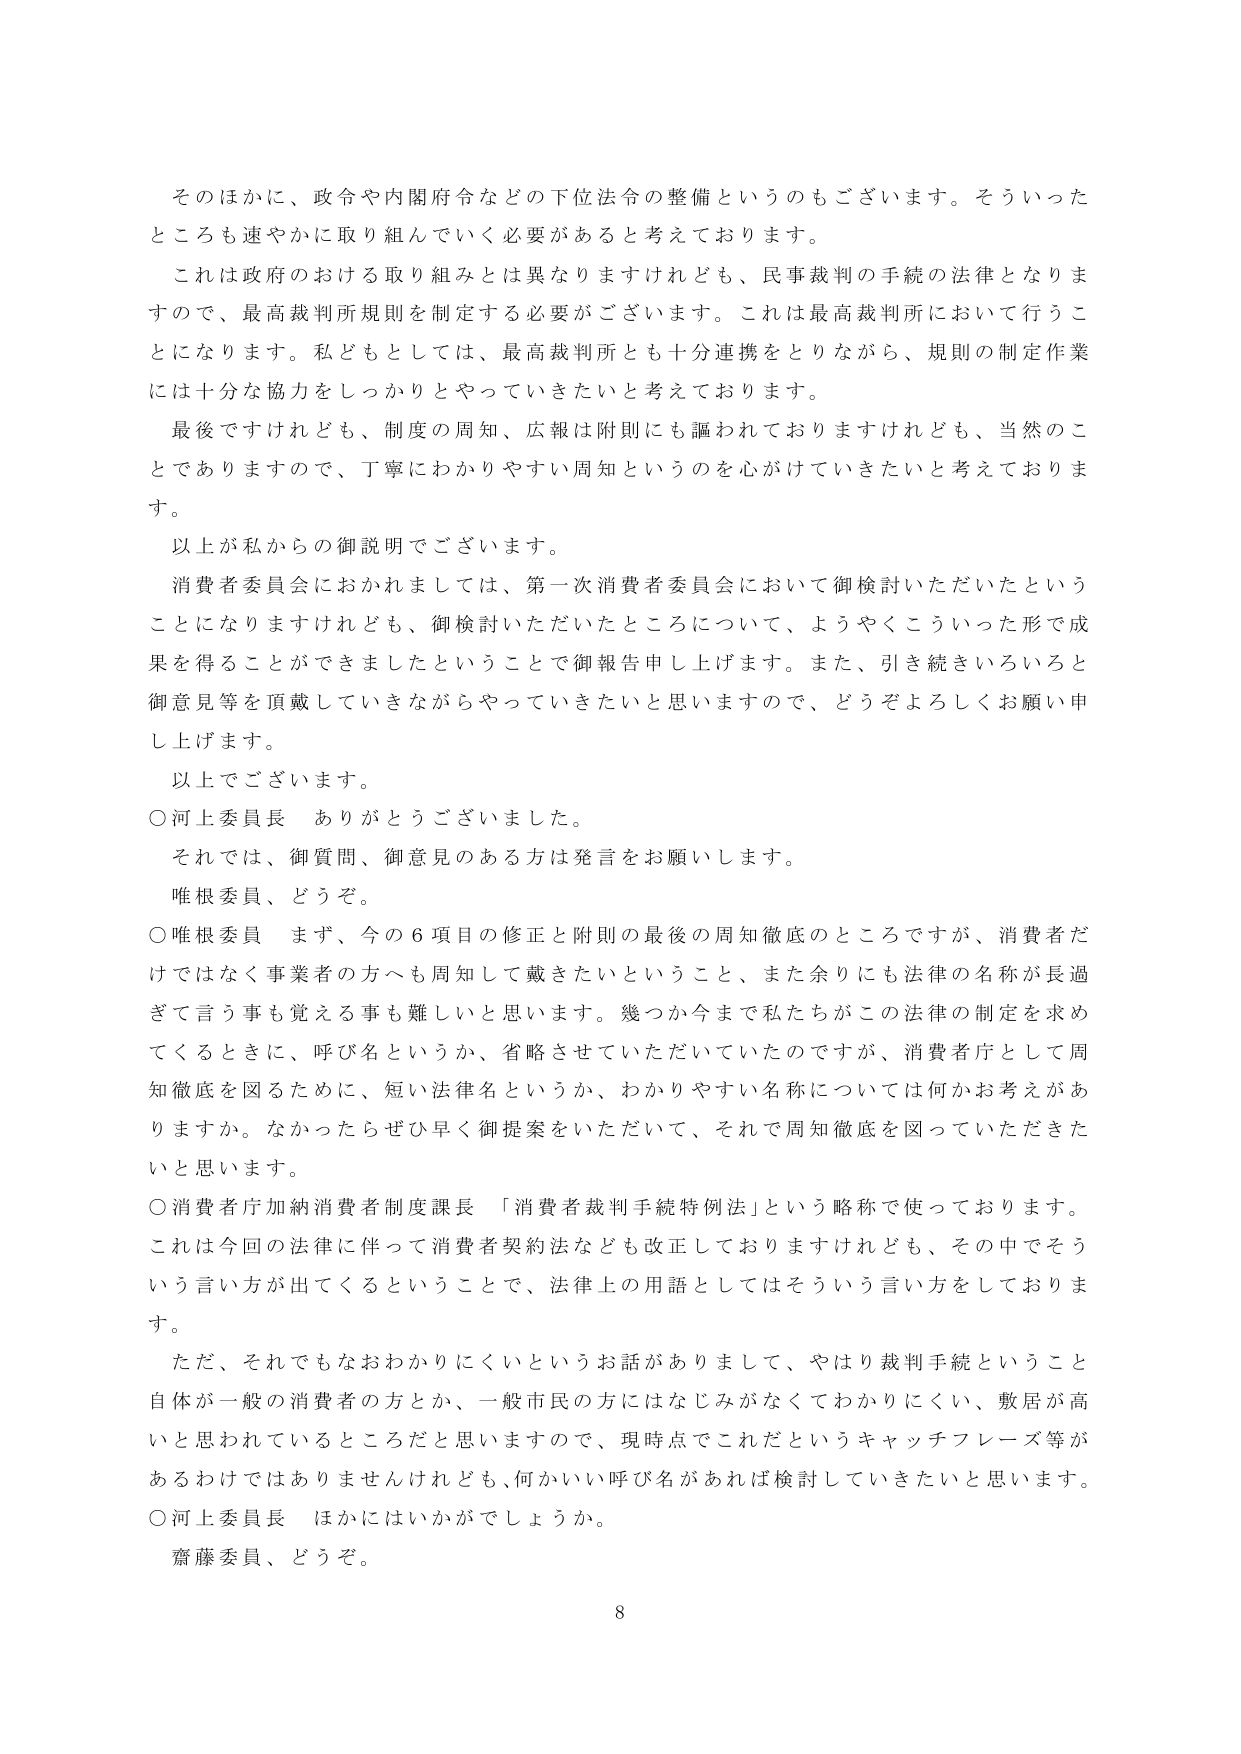
そのほかに、政令や内閣府令などの下位法令の整備というのもございます。そういったところも速やかに取り組んでいく必要があると考えております。

これは政府のおける取り組みとは異なりますけれども、民事裁判の手続の法律となりますので、最高裁判所規則を制定する必要がございます。これは最高裁判所において行うことになります。私どもとしては、最高裁判所とも十分連携をとりながら、規則の制定作業には十分な協力をしっかりとやっていきたいと考えております。

最後ですけれども、制度の周知、広報は附則にも謳われておりますけれども、当然のことでありますので、丁寧にわかりやすい周知というのを心がけていきたいと考えております。

以上が私からの御説明でございます。

消費者委員会におかれましては、第一次消費者委員会において御検討いただいたということになりますけれども、御検討いただいたところについて、ようやくこういった形で成果を得ることができましたということで御報告申し上げます。また、引き続きいろいろと御意見等を頂戴していきながらやっていきたいと思いますので、どうぞよろしくお願い申し上げます。

以上でございます。

○河上委員長　ありがとうございました。

それでは、御質問、御意見のある方は発言をお願いします。

唯根委員、どうぞ。

○唯根委員　まず、今の６項目の修正と附則の最後の周知徹底のところですが、消費者だけではなく事業者の方へも周知して戴きたいということ、また余りにも法律の名称が長過ぎて言う事も覚える事も難しいと思います。幾つか今まで私たちがこの法律の制定を求めてくるときに、呼び名というか、省略させていただいていたのですが、消費者庁として周知徹底を図るために、短い法律名というか、わかりやすい名称については何かお考えがありますか。なかったらぜひ早く御提案をいただいて、それで周知徹底を図っていただきたいと思います。

○消費者庁加納消費者制度課長　「消費者裁判手続特例法」という略称で使っております。これは今回の法律に伴って消費者契約法なども改正しておりますけれども、その中でそういう言い方が出てくるということで、法律上の用語としてはそういう言い方をしております。

ただ、それでもなおわかりにくいというお話がありまして、やはり裁判手続ということ自体が一般の消費者の方とか、一般市民の方にはなじみがなくてわかりにくい、敷居が高いと思われているところだと思いますので、現時点でこれだというキャッチフレーズ等があるわけではありませんけれども、何かいい呼び名があれば検討していきたいと思います。

○河上委員長　ほかにはいかがでしょうか。

齋藤委員、どうぞ。

8